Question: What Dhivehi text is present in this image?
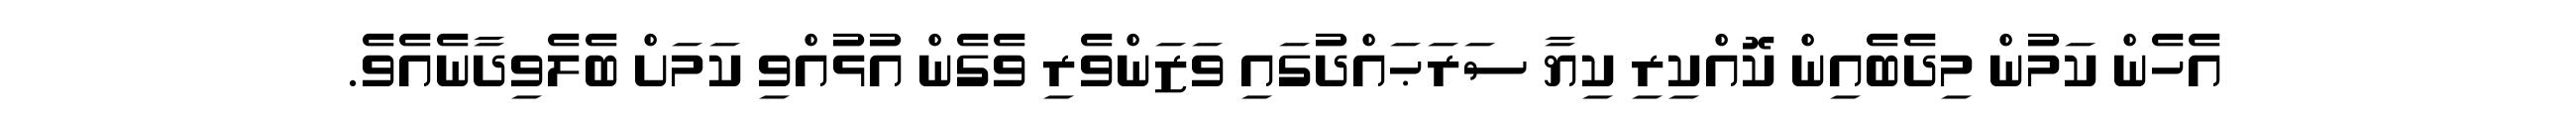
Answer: އެހެން ކަމުން މިދެބެއިން ކޮއްކިރި ކިޔާ ސަރަޙައްދުގައި ވަޒަންވެރި ވެގެން އުޅުއްވި ކަމަށް ބެލެވިދާނެއެވެ.